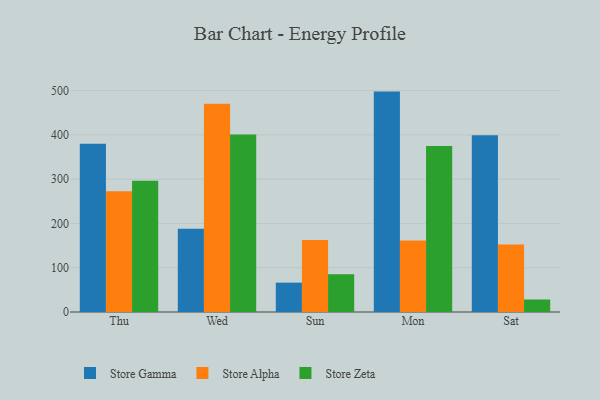
{"axis": {"x": "Day", "y": "Page Views"}, "legend": ["Store Alpha", "Store Gamma", "Store Zeta"], "data": [{"x": "Thu", "y": 379.7, "type": "Store Gamma"}, {"x": "Thu", "y": 272.5, "type": "Store Alpha"}, {"x": "Thu", "y": 296.6, "type": "Store Zeta"}, {"x": "Wed", "y": 187.9, "type": "Store Gamma"}, {"x": "Wed", "y": 470.0, "type": "Store Alpha"}, {"x": "Wed", "y": 400.7, "type": "Store Zeta"}, {"x": "Sun", "y": 66.3, "type": "Store Gamma"}, {"x": "Sun", "y": 162.8, "type": "Store Alpha"}, {"x": "Sun", "y": 85.1, "type": "Store Zeta"}, {"x": "Mon", "y": 497.7, "type": "Store Gamma"}, {"x": "Mon", "y": 161.3, "type": "Store Alpha"}, {"x": "Mon", "y": 374.9, "type": "Store Zeta"}, {"x": "Sat", "y": 399.2, "type": "Store Gamma"}, {"x": "Sat", "y": 152.3, "type": "Store Alpha"}, {"x": "Sat", "y": 28.2, "type": "Store Zeta"}]}